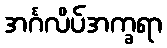
အင်္ဂလိပ်အက္ခရာ